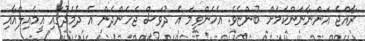
ރާއްޖެ އަންނާނަންކަމަށް ބުންޏެވެ. އެހެންވީމަ އެ ދުވަސް ޖެހެންދެން އެ ދެމެދުގައި އީމެއިލްއާއި